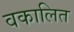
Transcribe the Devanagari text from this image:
वकालित